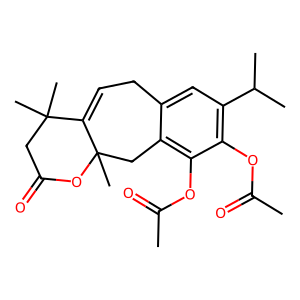
SMILES: CC(=O)Oc1c(C(C)C)cc2c(c1OC(C)=O)CC1(C)OC(=O)CC(C)(C)C1=CC2
Inhibits HIV replication: No